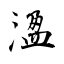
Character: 溋